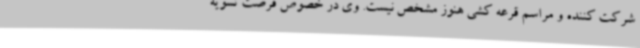
شرکت کننده و مراسم قرعه کشی هنوز مشخص نیست. وی در خصوص فرصت تسویه